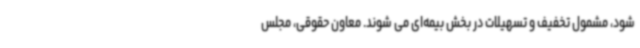
شود، مشمول تخفیف و تسهیلات در بخش بیمه‌ای می شوند. معاون حقوقی، مجلس